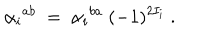
LaTeX: { \alpha _ { i } } ^ { a b } \ = \ { \alpha _ { i } } ^ { b a } \ ( - 1 ) ^ { 2 I _ { i } } \ .